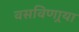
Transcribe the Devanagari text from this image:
वसविणार्‍या